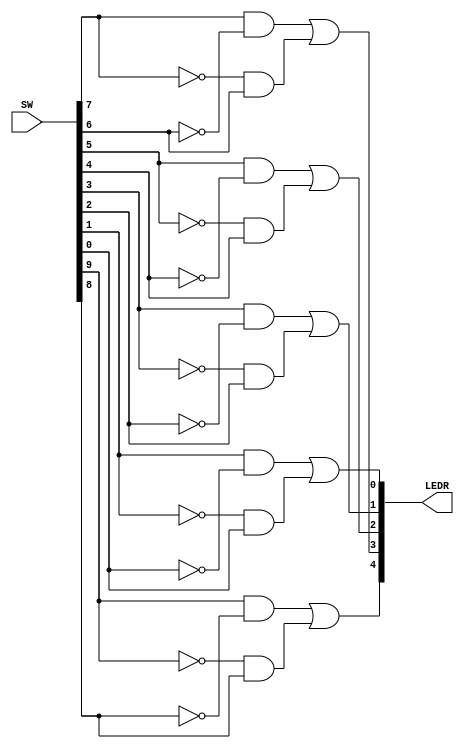
// Lab  1 Part 3
// Design a XOR circuit
module Lab1_3 (SW, LEDR);
	input [9:0] SW;
	output [4:0] LEDR;
	
	// Turn the LEDs on when either one of the input is on
	// Turn the LEDs off if both inputs are on
	assign LEDR[4] = (SW[9] & ~SW[8]) | (~SW[9] & SW[8]);
	assign LEDR[3] = (SW[7] & ~SW[6]) | (~SW[7] & SW[6]);
	assign LEDR[2] = (SW[5] & ~SW[4]) | (~SW[5] & SW[4]);
	assign LEDR[1] = (SW[3] & ~SW[2]) | (~SW[3] & SW[2]);
	assign LEDR[0] = (SW[1] & ~SW[0]) | (~SW[1] & SW[0]);
endmodule